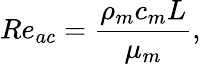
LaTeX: Re_{ac}=\frac{\rho_{m}c_{m}L}{\mu_{m}},